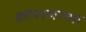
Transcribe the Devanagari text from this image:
क्रायस्लरच्या